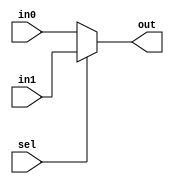
module sel(in0, in1, sel, out);
	input[27:0] in0, in1;
	input sel;
	output[27:0] out;
	reg[27:0] out;

	always @(*) begin
		if(sel) out = in1;
		else out = in0;
	end
endmodule